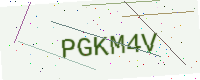
Text: PGKM4V